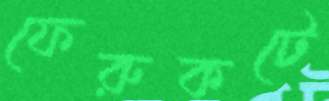
ফেরুকটে